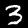
Label: 3